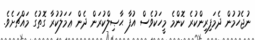
ނުޖެހުމުން ދެމަފިރިންކުރެ ކޮންމެ މީހަކުވެސް އުފާ ޙާޞިލްކުރަން ދެން ޢަމަލުކުރާ ގޮތުގެ މައްޗަށެވެ.